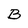
Character: B